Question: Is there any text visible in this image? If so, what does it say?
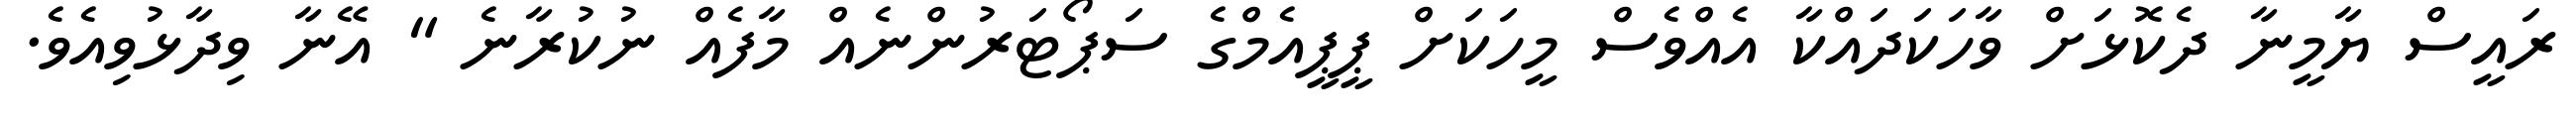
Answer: ރައީސް ޔާމީނާ ދެކޮޅަށް ވާހަކަދައްކާ އެއްވެސް މީހަކަށް ޕީޕީއެމްގެ ސަޕޯޓަރުންނެއް މާފެއް ނުކުރާނެ " އޭނާ ވިދާޅުވިއެވެ.